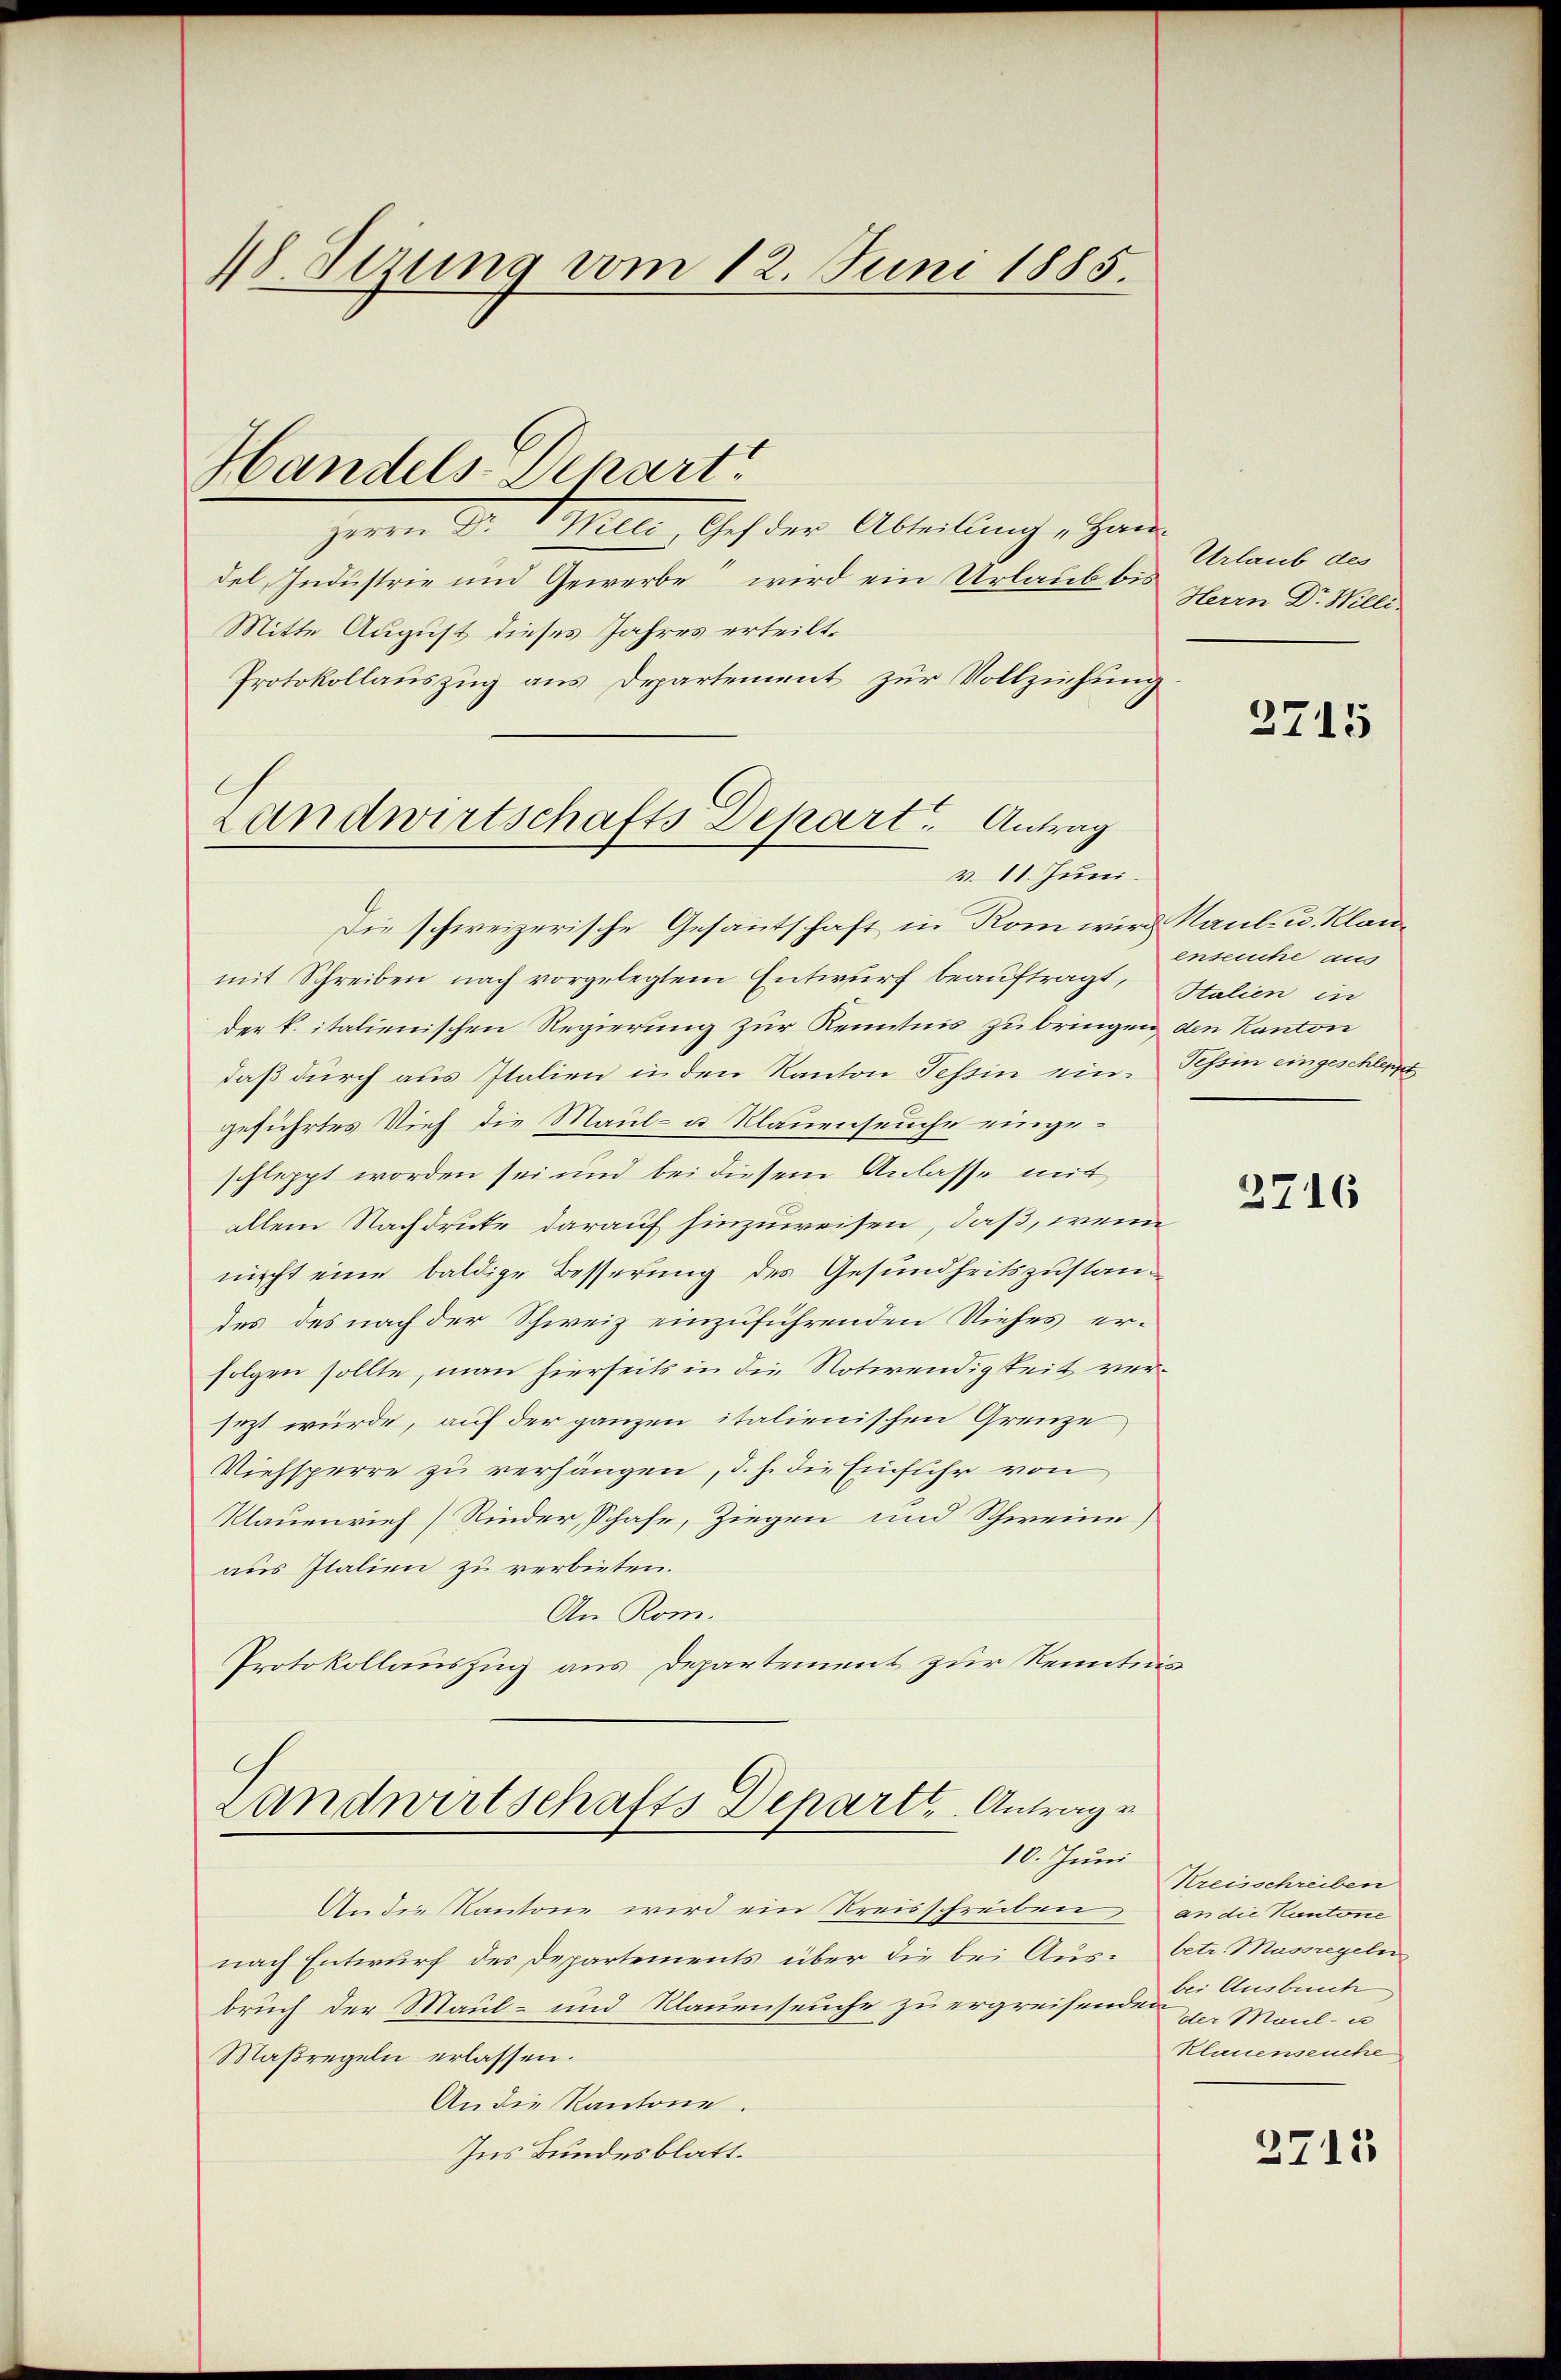
18. Sezung vom 12. Juni 1885.

Herrn C. Mitter. Ich der Abteilung, ohne
del, Industrie und Gewerbe wird ein Urlaub bis
Mitte August dieses Jahres erteilt.
Protokollauszug aus Departement zur Vollziehung
v. 11. Juni.
Die schweizerische Gesantschaft in Rom wird Kaul- u. Klaue
mit Schreiben nach vorgelegtem Entwurf beauftragt,
der k. italienischen Regierung zur Kenntnis zu bringen, den Kanton
daß durch aus Italien in den Kanton Tessin eingeführtes Vieh die Maul- u. Klauenseuche eingeschleppt worden sei und bei diesem Anlasse mit
allein Nachdrucke darauf hinzuweisen, daß, wenn
nicht eine baldige Besserung des Gesundheitszustandes des nach der Schweiz einzuführenden Viehes erfolgen sollte, man hierseits in die Notwendigkeit versezt würde, auf der ganzen italienischen Grenze
Viehsperre zu verhängen, d. h. die Einfuhr von
Klauenrief (Rinder, Schafe, Ziegen und Schweine
aus Italien zu verbieten.
An Rom.
Protokollauszug aus Departement zur Kenntni

Handels-Depart

Landwirtschafts Depart. Antrag

Landwirtschafts Depart. Antrage
10. Juni

An die Kantone wird ein Kreisschreiben an die Kantone
nach Entwurf der Departements über die bei Aus- betr. Massregeln
bruch der Maul- und Klauenseuche zu ergreifende der Maul- u
Maßregeln erlassen.
An die Kantone.
Ins Bundesblatt.

Urlaub des
Herrn Dr. Willi

2715

enseuche aus
Stalien in
Tessin eingeschleppt

2716

Kreisschreiben
bei Ausbruch,
Klauenseuche

2713